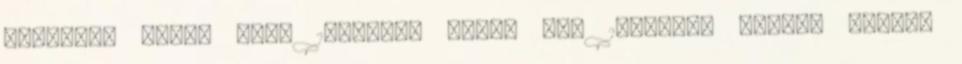
jogügyek miatt csak 1989-ben adták ki. 1990-ben Grammy Díjjal